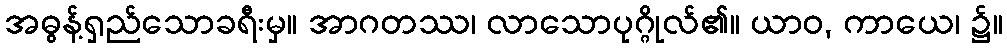
အဓွန့်ရှည်သောခရီးမှ။ အာဂတဿ၊ လာသောပုဂ္ဂိုလ်၏။ ယာဝ, ကာယေ၊ ၌။